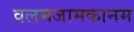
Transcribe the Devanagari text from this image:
वलमजामकानम